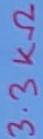
Text: 3.3KΩ